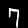
Label: 7